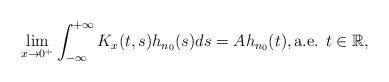
LaTeX: \begin{align*}\lim_{x\rightarrow 0^+}\int_{-\infty }^{+\infty }K_x(t,s)h_{n_0}(s)ds=Ah_{n_0}(t),\mbox{a.e. }t\in \mathbb{R},\end{align*}